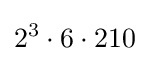
2^{3}\cdot 6\cdot 210